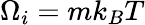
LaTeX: \Omega_{i}=mk_{B}T